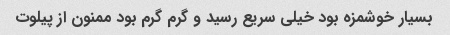
بسیار خوشمزه بود خیلی سریع رسید و گرم گرم بود ممنون از پیلوت